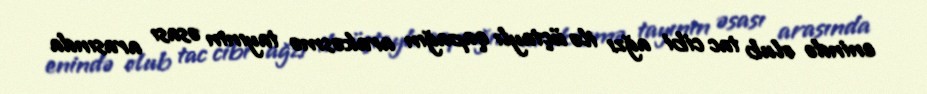
enində olub tac cibi ağzı ilə üçtaylı qapağın arakəsmə tayının əsası arasında